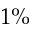
1 \%